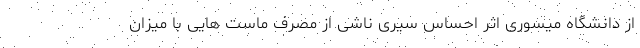
از دانشگاه میسوری اثر احساس سیری ناشی از مصرف ماست هایی با میزان